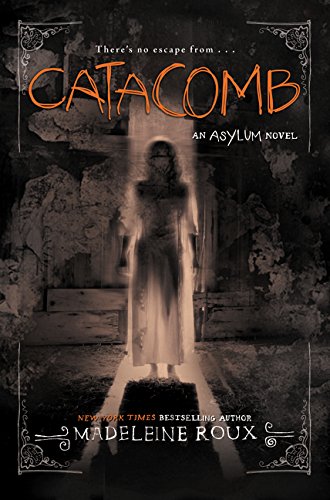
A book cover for Catacomb (Asylum); Madeleine Roux; Teen & Young Adult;